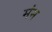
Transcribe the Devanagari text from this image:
मंम